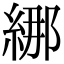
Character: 𦀨